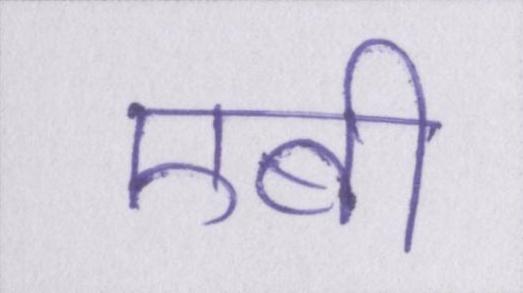
एबी